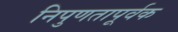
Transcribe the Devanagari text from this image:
निपुणतापूर्वक